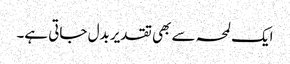
ایک لمحہ سے بھی تقدیر بدل جاتی ہے۔